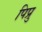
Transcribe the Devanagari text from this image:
पिप्रु